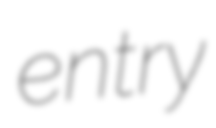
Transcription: entry